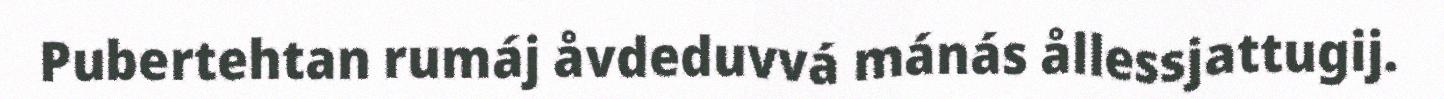
Pubertehtan rumáj åvdeduvvá mánás ållessjattugij.